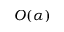
O ( \alpha )